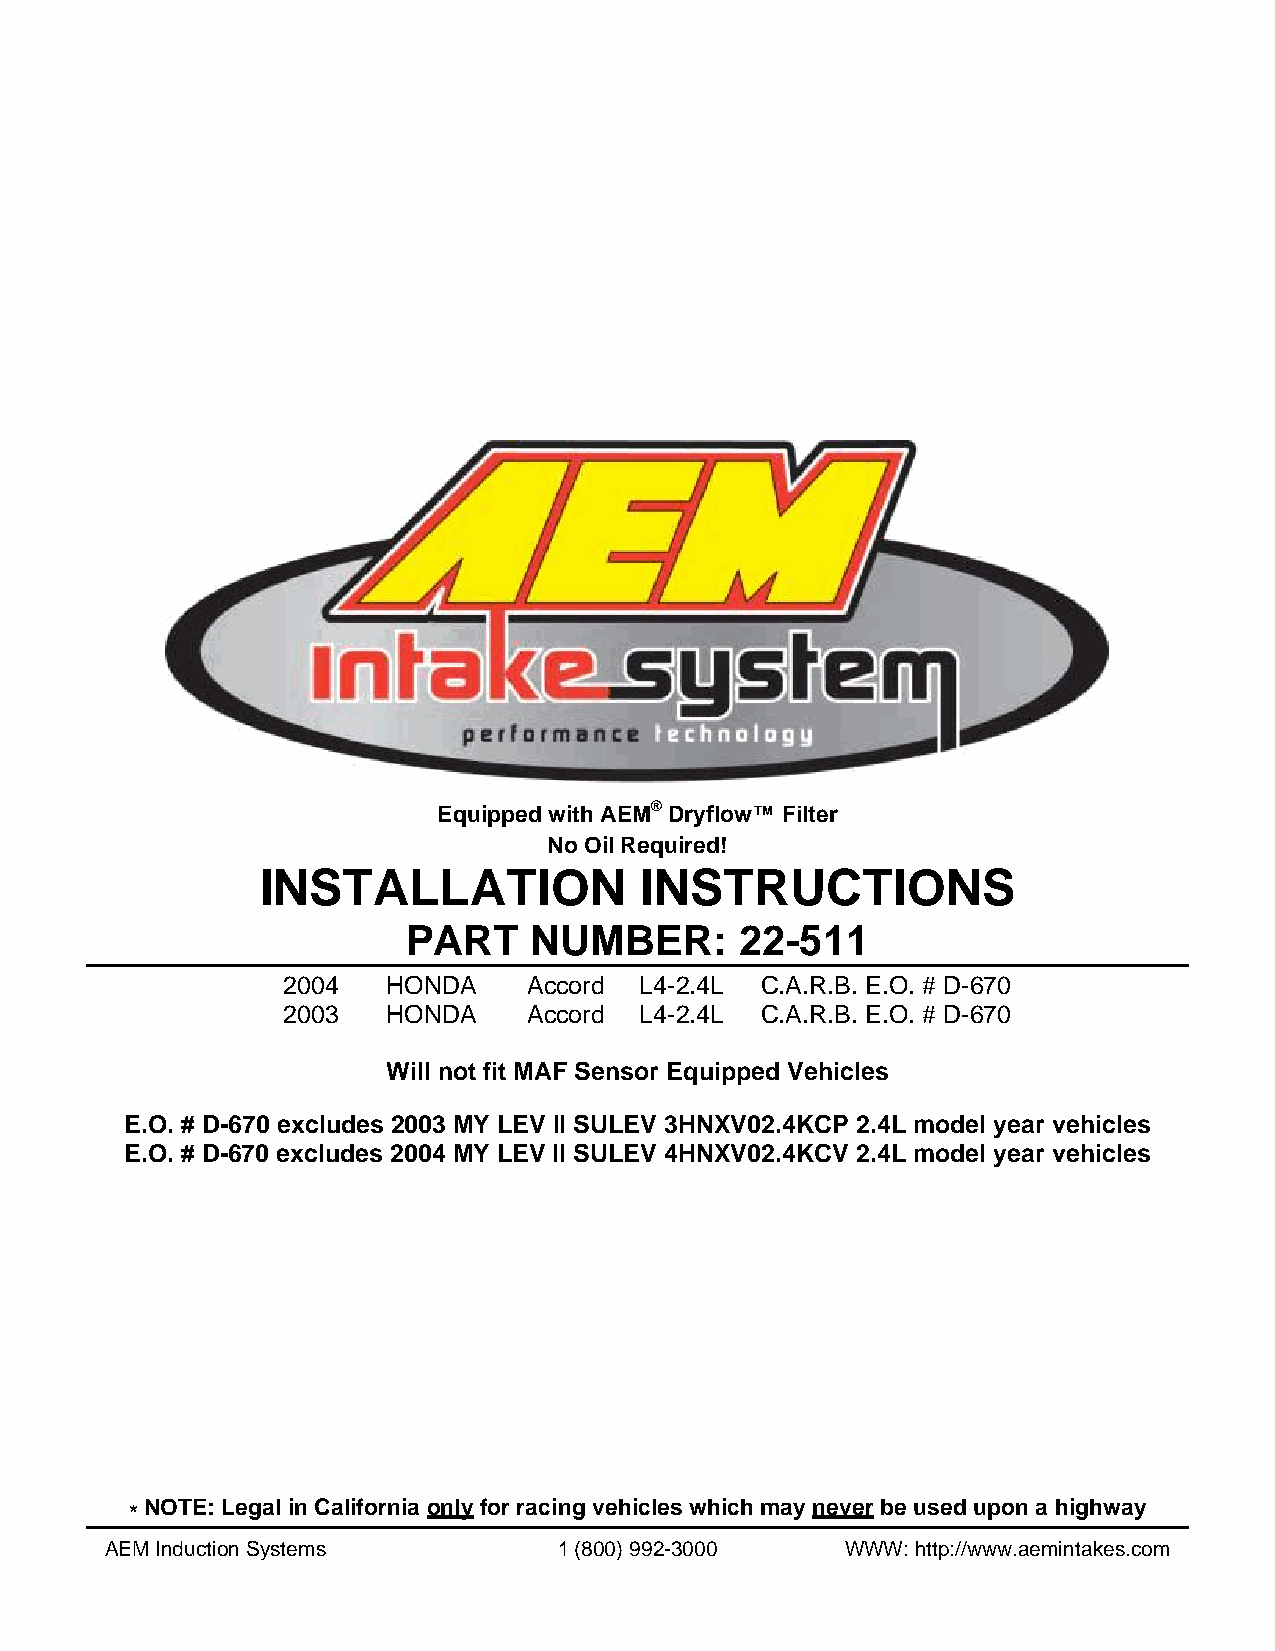
Equipped with AEM® Dryflow™ Filter
 No Oil Required!
 INSTALLATION             INSTRUCTIONS
 PART    NUMBER:       22-511
 2004   HONDA    Accord L4-2.4L C.A.R.B. E.O. # D-670
 2003   HONDA    Accord L4-2.4L C.A.R.B. E.O. # D-670
 Will not fit MAF Sensor Equipped Vehicles
 E.O. # D-670 excludes 2003 MY LEV II SULEV 3HNXV02.4KCP 2.4L model year vehicles
 E.O. # D-670 excludes 2004 MY LEV II SULEV 4HNXV02.4KCV 2.4L model year vehicles
 * NOTE: Legal in California only for racing vehicles which may never be used upon a highway
 AEM Induction Systems         1 (800) 992-3000   WWW: http://www.aemintakes.com